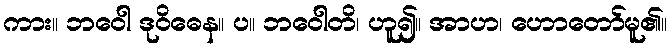
ကား။ ဘဝေါ ဒုဝိဓေန။ ပ။ ဘဝေါတိ၊ ဟူ၍။ အာဟ၊ ဟောတော်မူ၏။